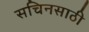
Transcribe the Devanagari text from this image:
सचिनसाठी